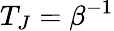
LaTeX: T_{J}=\beta^{-1}